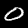
Digit: 0